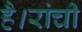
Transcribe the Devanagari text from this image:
है।रांची